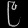
Digit: ၉